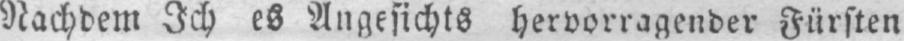
Nachdem Ich es Angesichts hervorragender Fürsten